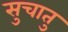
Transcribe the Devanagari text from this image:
सुचातु